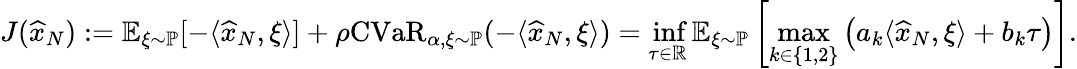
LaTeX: J(\widehat{x}_{N}):=\mathbb{E}_{\xi\sim\mathbb{P}}[-\langle\widehat{x}_{N},\xi\rangle]+\rho\mathrm{CVaR}_{\alpha,\xi\sim\mathbb{P}}(-\langle\widehat{x}_{N},\xi\rangle)=\operatorname*{inf}_{\tau\in\mathbb{R}}\mathbb{E}_{\xi\sim\mathbb{P}}\left[\operatorname*{max}_{k\in\left\{ 1,2\right\} }\left(a_{k}\langle\widehat{x}_{N},\xi\rangle+b_{k}\tau\right)\right].